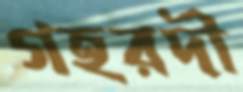
গহরদী